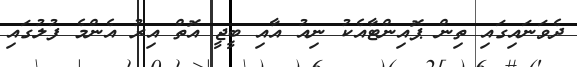
ދެވަނައިގައި ތިން ޕޮއިންޓާއެކު ނިއު އާއި ބީޖީ އޮތް އިރު އެންމެ ފުލުގައި